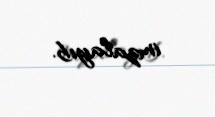
imzalayıb.